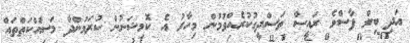
އަދި ބިލް ފާސްވެ ރައީސް ތަސްދީގުކުރެއްވުމުން މިހާރު އެ ކޮމިޝަނުން ކުރަމުންދާ މަސައްކަތްތައް